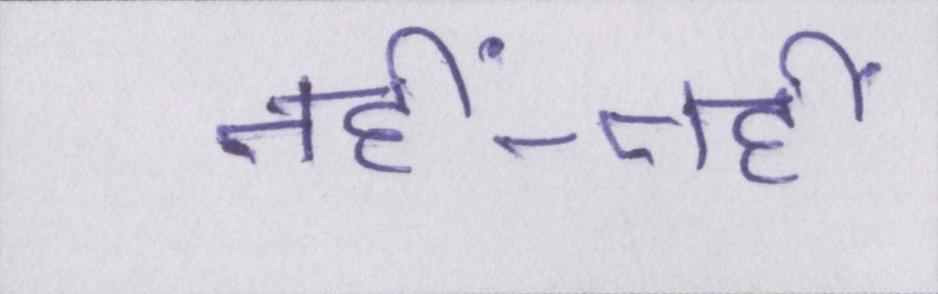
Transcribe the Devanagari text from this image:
नहीं-नहीं